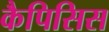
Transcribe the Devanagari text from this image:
कैपिसिस